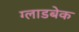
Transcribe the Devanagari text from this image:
ग्लाडबेक